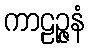
ကာဠဉ္ဇနံ